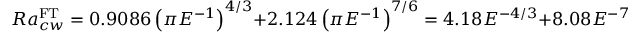
R a _ { c w } ^ { \mathrm { \tiny { F T } } } = 0 . 9 0 8 6 \left( \pi E ^ { - 1 } \right) ^ { 4 / 3 } + 2 . 1 2 4 \left( \pi E ^ { - 1 } \right) ^ { 7 / 6 } = 4 . 1 8 E ^ { - 4 / 3 } + 8 . 0 8 E ^ { - 7 / 6 } ,